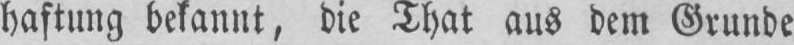
haftung bekannt, die That aus dem Grunde